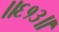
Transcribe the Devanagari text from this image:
॥६१३॥